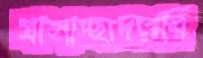
গ্রাসাচ্ছাদনের